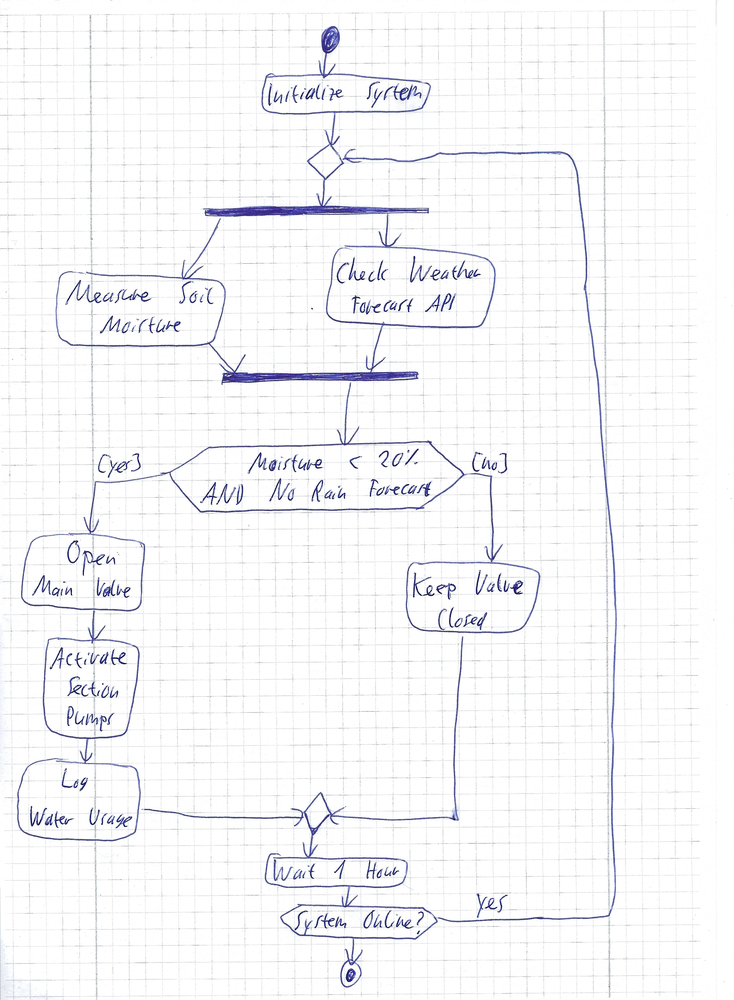
Diagram type: activity_diagram
```plantuml
@startuml

start
:Initialize System;
repeat
  fork
    :Measure Soil Moisture;
  fork again
    :Check Weather Forecast API;
  end fork
  if (Moisture < 20% AND No Rain Forecast?) then ([yes])
    :Open Main Valve;
    :Activate Section Pumps;
    :Log Water Usage;
  else ([no])
    :Keep Valve Closed;
  endif
  :Wait 1 Hour;
repeat while (System Online?) is (yes)
stop

@enduml
```